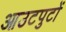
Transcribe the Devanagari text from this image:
आउटपुटों